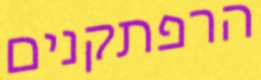
הרפתקנים